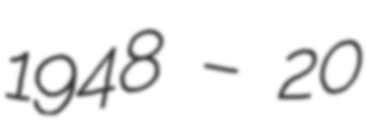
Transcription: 1948 – 20